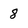
Character: 8